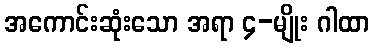
အကောင်းဆုံးသော အရာ ၄-မျိုး ဂါထာ